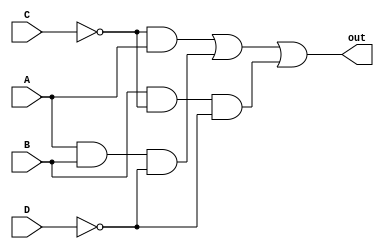
module F3 (
    input A, input B, input C, input D, output out
);
    assign out = ~C&A | A&B&~D | B&~C&~D;
endmodule